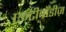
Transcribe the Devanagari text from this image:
एन्टीबॉडीज़